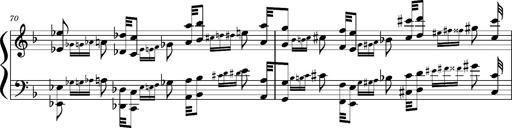
Title: Concerto sans orchestre, S.524a
Composer: Franz Liszt
Key: A major